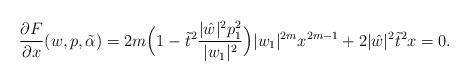
LaTeX: \begin{align*}\frac{\partial F}{\partial x} (w,p, \tilde{\alpha}) = 2m \Big( 1- \tilde{t}^2 \frac{\vert \hat{w} \vert^2 p_1^2}{\vert w_1 \vert^2 } \Big) \vert w_1 \vert^{2m} x^{2m-1} + 2 \vert \hat{w} \vert^2 \tilde{t}^2 x = 0.\end{align*}